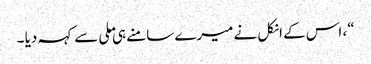
“، اس کے انکل نے میرے سامنے ہی ملی سے کہہ دیا ۔